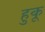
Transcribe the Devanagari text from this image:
हुकू